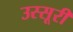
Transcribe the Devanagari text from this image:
उस्सूरी